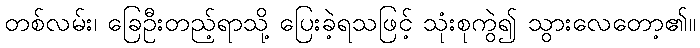
တစ်လမ်း၊ ခြေဦးတည့်ရာသို့ ပြေးခဲ့ရသဖြင့် သုံးစုကွဲ၍ သွားလေတော့၏။